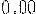
0.00